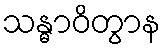
သန္ဓာဝိတွာန